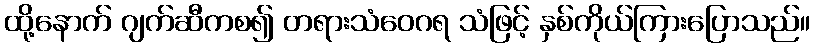
ထို့နောက် ဂျက်ဆီကစ၍ တရားသံဝေဂရ သံဖြင့် နှစ်ကိုယ်ကြားပြောသည်။